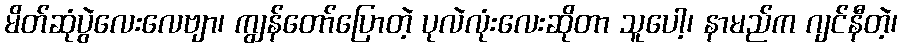
မိတ်ဆုံပွဲလေးလေဗျာ၊ ကျွန်တော်ပြောတဲ့ ပုလဲလုံးလေးဆိုတာ သူပေါ့၊ နာမည်က ဂျင်နီတဲ့၊